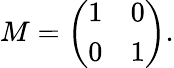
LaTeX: M=\left(\begin{array}{ll}{{1}}&{{0}}\\ {{0}}&{{1}}\end{array}\right).